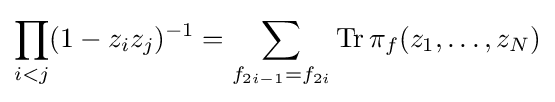
\prod _{i<j}(1-z_{i}z_{j})^{-1}=\sum _{f_{2i-1}=f_{2i}}\operatorname {Tr} \pi _{f}(z_{1},\ldots ,z_{N})